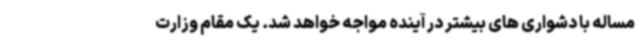
مساله با دشواری های بیشتر در آینده مواجه خواهد شد. یک مقام وزارت